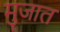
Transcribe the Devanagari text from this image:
मुजात